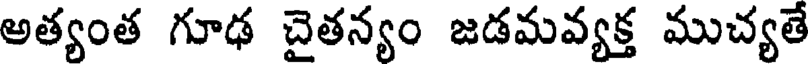
అత్యంత గూఢ చైతన్యం జడమవ్యక్త ముచ్యతే